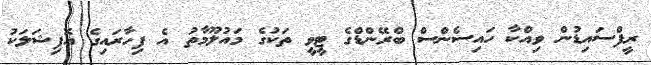
ރީފްސައިޑުން ވިއްކާ ހައިސެންސް ބްރޭންޑްގެ ޓީވީ ތަކުގެ މައުލޫމާތު އެ ފިހާރައިގެ އޮފިޝަލަކު